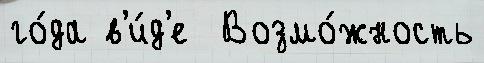
го́да в'и́д'е  Возмо́жность